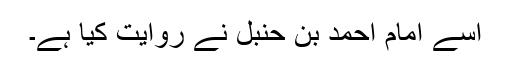
اسے امام احمد بن حنبل نے روایت کیا ہے۔